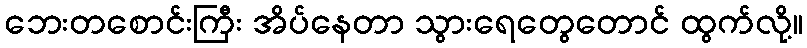
ဘေးတစောင်းကြီး အိပ်နေတာ သွားရေတွေတောင် ထွက်လို့။